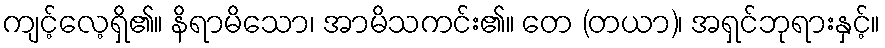
ကျင့်လေ့ရှိ၏။ နိရာမိသော၊ အာမိသကင်း၏။ တေ (တယာ)၊ အရှင်ဘုရားနှင့်။